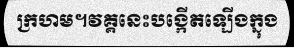
ក្រហម។វគ្គនេះបង្កើតឡើងក្នុង